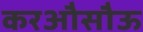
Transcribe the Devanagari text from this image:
करऔसौऊ